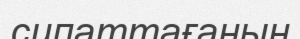
сипаттағанын